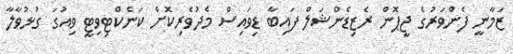
ޒަމާނީ ފެންވަރުގެ ޖީޕޮން ރެޒިޑެންޝަލް ފައިބާ ޑިވައިސް މެދުވެރިކޮށް ކަނެކްޓިވިޓީ ވިއުގަ ގުޅުވާލާ